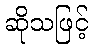
ဆိုသဖြင့်